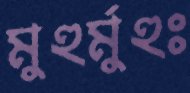
মুহুর্মুহুঃ